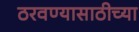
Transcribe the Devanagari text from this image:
ठरवण्यासाठीच्या